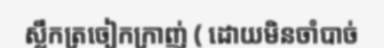
ស្លឹកត្រចៀកក្រាញ់ ( ដោយមិនចាំបាច់